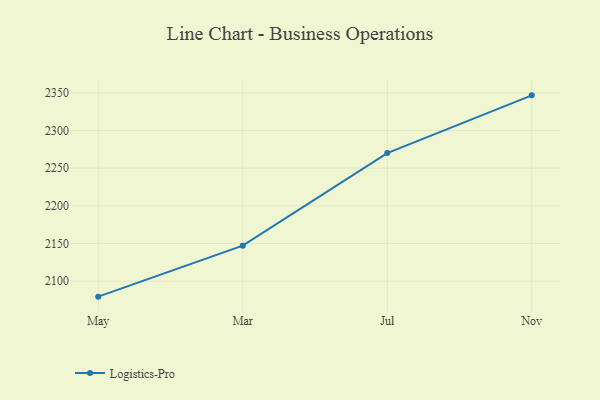
{"axis": {"x": "Month", "y": "Page Views"}, "legend": ["Logistics-Pro"], "data": [{"x": "May", "y": 2079.4, "type": "Logistics-Pro"}, {"x": "Mar", "y": 2147.1, "type": "Logistics-Pro"}, {"x": "Jul", "y": 2270.0, "type": "Logistics-Pro"}, {"x": "Nov", "y": 2346.7, "type": "Logistics-Pro"}]}